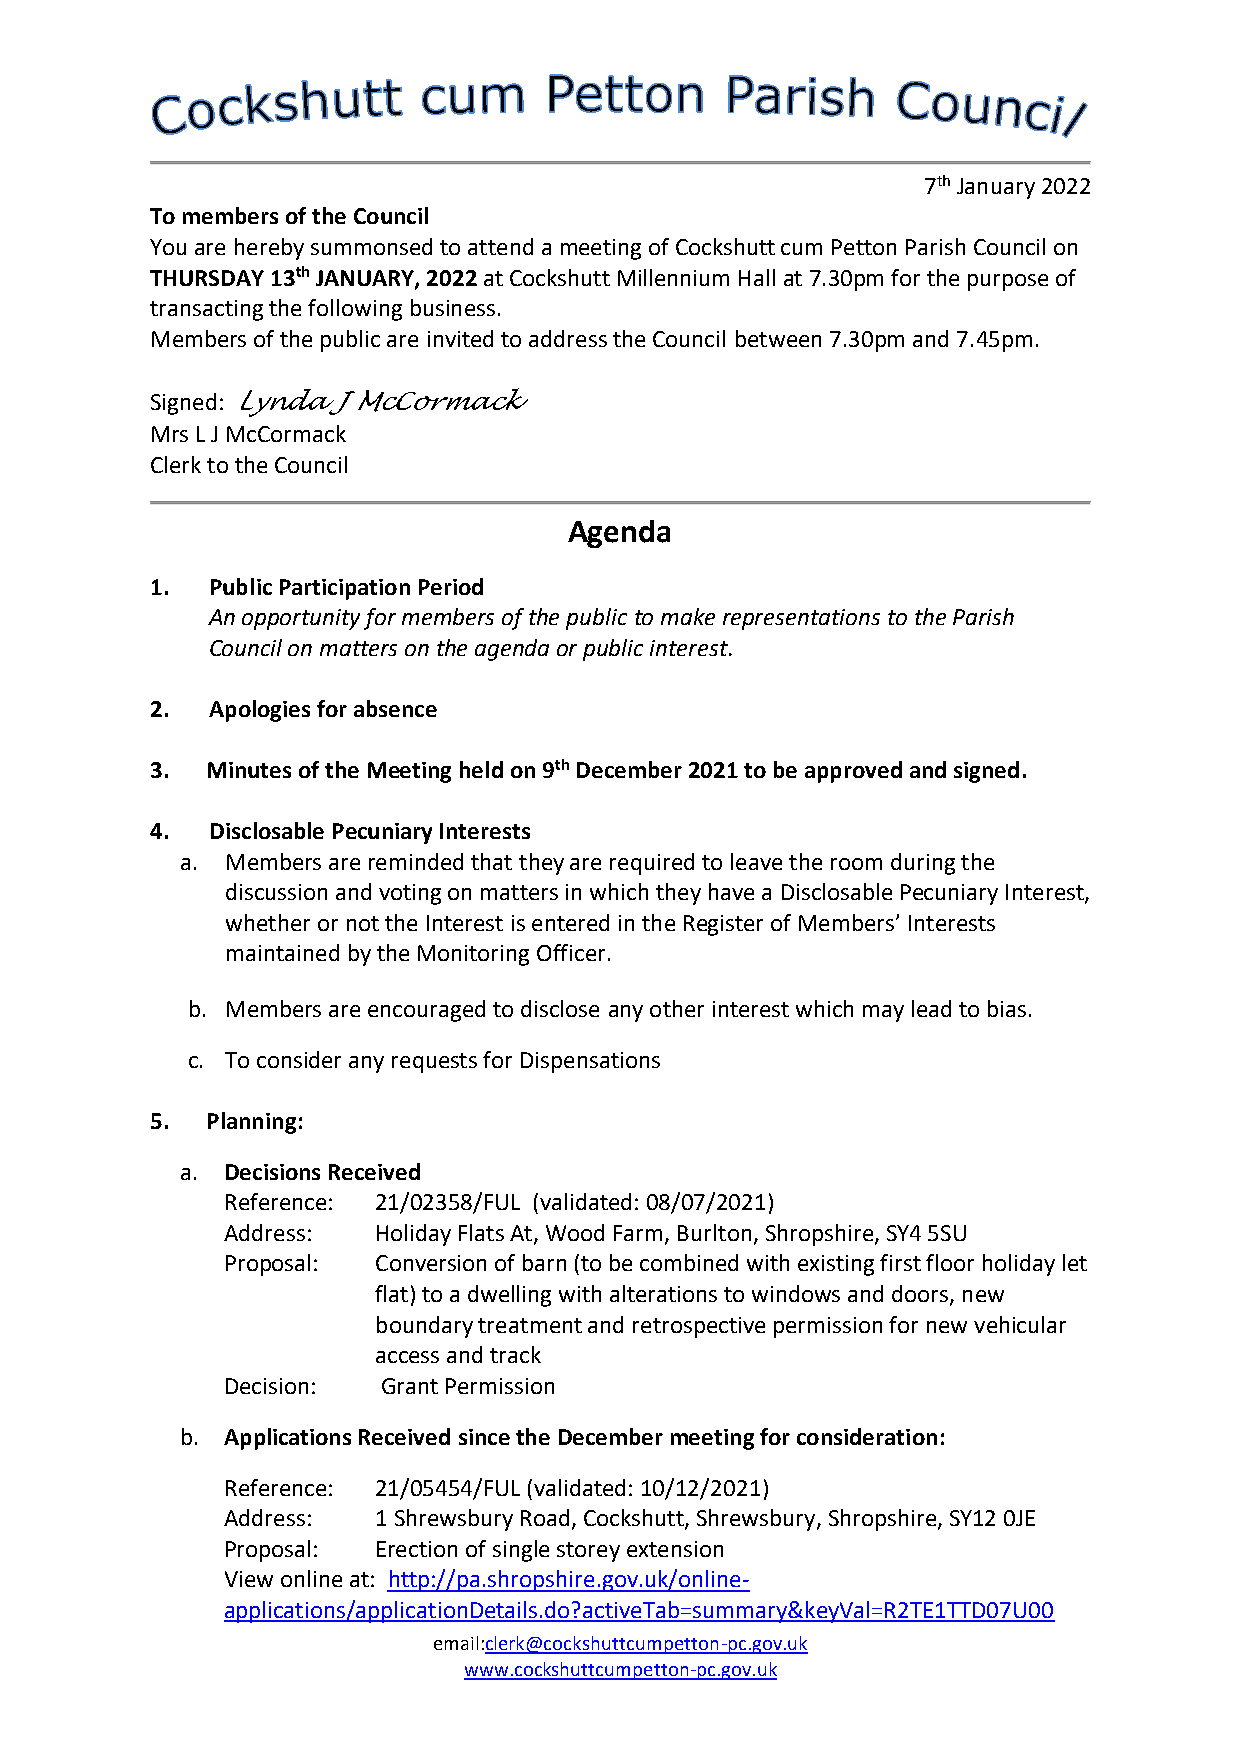
7th January 2022
 To members of the Council
 You are hereby summonsed to attend a meeting of Cockshutt cum Petton Parish Council on
 THURSDAY 13th JANUARY, 2022 at Cockshutt Millennium Hall at 7.30pm for the purpose of
 transacting the following business.
 Members of the public are invited to address the Council between 7.30pm and 7.45pm.
 Signed: Lynda J McCormack
 Mrs L J McCormack
 Clerk to the Council
 Agenda
 1.  Public Participation Period
 An opportunity for members of the public to make representations to the Parish
 Council on matters on the agenda or public interest.
 2.  Apologies for absence
 3.  Minutes of the Meeting held on 9th December 2021 to be approved and signed.
 4.  Disclosable Pecuniary Interests
 a. Members are reminded that they are required to leave the room during the
 discussion and voting on matters in which they have a Disclosable Pecuniary Interest,
 whether or not the Interest is entered in the Register of Members’ Interests
 maintained by the Monitoring Officer.
 b. Members are encouraged to disclose any other interest which may lead to bias.
 c. To consider any requests for Dispensations
 5.  Planning:
 a. Decisions Received
 Reference: 21/02358/FUL (validated: 08/07/2021)
 Address:  Holiday Flats At, Wood Farm, Burlton, Shropshire, SY4 5SU
 Proposal: Conversion of barn (to be combined with existing first floor holiday let
 flat) to a dwelling with alterations to windows and doors, new
 boundary treatment and retrospective permission for new vehicular
 access and track
 Decision: Grant Permission
 b. Applications Received since the December meeting for consideration:
 Reference: 21/05454/FUL (validated: 10/12/2021)
 Address:  1 Shrewsbury Road, Cockshutt, Shrewsbury, Shropshire, SY12 0JE
 Proposal: Erection of single storey extension
 View online at: http://pa.shropshire.gov.uk/online-
 applications/applicationDetails.do?activeTab=summary&keyVal=R2TE1TTD07U00
 email:clerk@cockshuttcumpetton-pc.gov.uk
 www.cockshuttcumpetton-pc.gov.uk